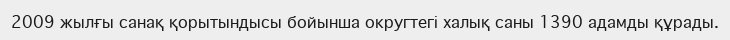
2009 жылғы санақ қорытындысы бойынша округтегі халық саны 1390 адамды құрады.